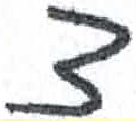
אות: צ